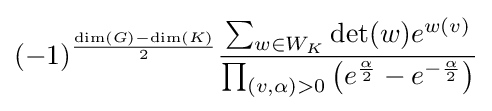
(-1)^{\frac {\dim(G)-\dim(K)}{2}}{\sum _{w\in W_{K}}\det(w)e^{w(v)} \over \prod _{(v,\alpha )>0}\left(e^{\frac {\alpha }{2}}-e^{-{\frac {\alpha }{2}}}\right)}